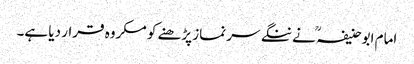
امام ابوحنیفہ ؒ نے ننگے سر نماز پڑھنے کو مکروہ قرار دیا ہے۔